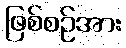
ဖြစ်စဉ်အား